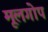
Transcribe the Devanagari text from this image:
मूलगोप